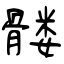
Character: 髅